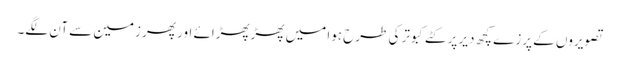
تصویروں کے پرزے کچھ دیر پر کٹے کبوتر کی طرح ہوا میں پھڑپھڑائے اور پھر زمین سے آن لگے۔